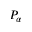
P _ { \alpha }